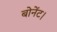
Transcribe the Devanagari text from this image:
बोनेंट।